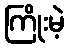
ကြိုးမဲ့